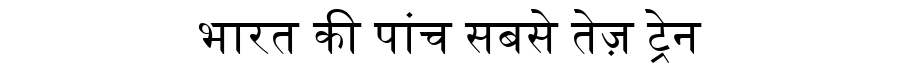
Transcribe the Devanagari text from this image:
भारत की पांच सबसे तेज़ ट्रेन